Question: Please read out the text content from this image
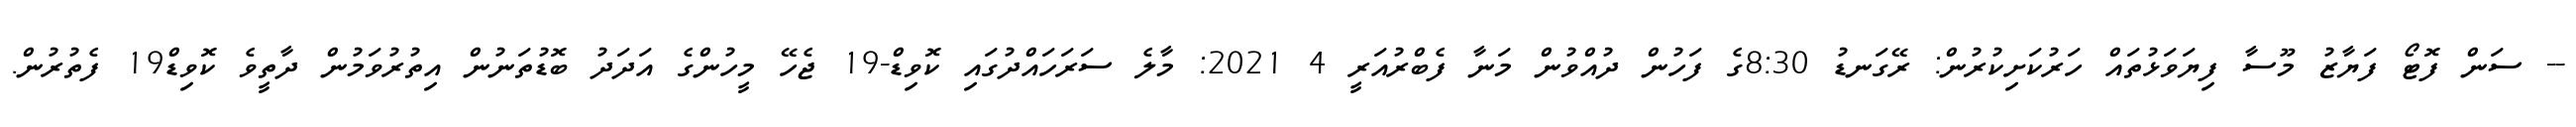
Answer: -- ސަން ފޮޓޯ ފަޔާޒު މޫސާ ފިޔަވަޅުތައް ހަރުކަށިކުރުން: ރޭގަނޑު 8:30ގެ ފަހުން ދުއްވުން މަނާ ފެބްރުއަރީ 4 2021: މާލެ ސަރަހައްދުގައި ކޮވިޑް-19 ޖެހޭ މީހުންގެ އަދަދު ބޮޑުތަނުން އިތުރުވަމުން ދާތީވެ ކޮވިޑް19 ފެތުރުން.